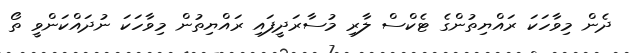
ދެން މިވާހަކަ ރައްޔިތުންގެ ޓެކްސް ލާރި މުސާރަދީފައި ރައްޔިތުން މިވާހަކަ ނުދައްކަންވީ ތޯ